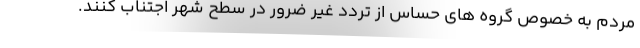
مردم به خصوص گروه های حساس از تردد غیر ضرور در سطح شهر اجتناب کنند.